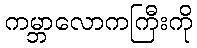
ကမ္ဘာလောကကြီးကို